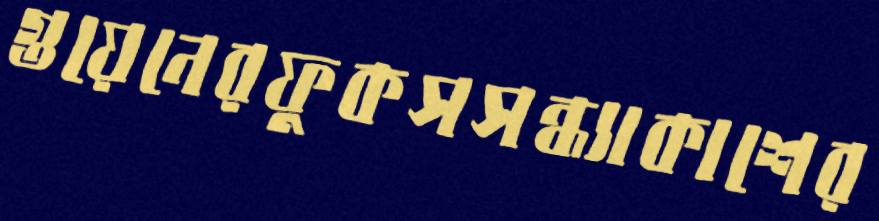
গুয়েনেরফুকসসন্ধ্যাকাশের